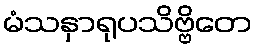
မံသနှာရုပသိဗ္ဗိတေ